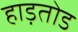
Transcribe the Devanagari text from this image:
हाड़तोड